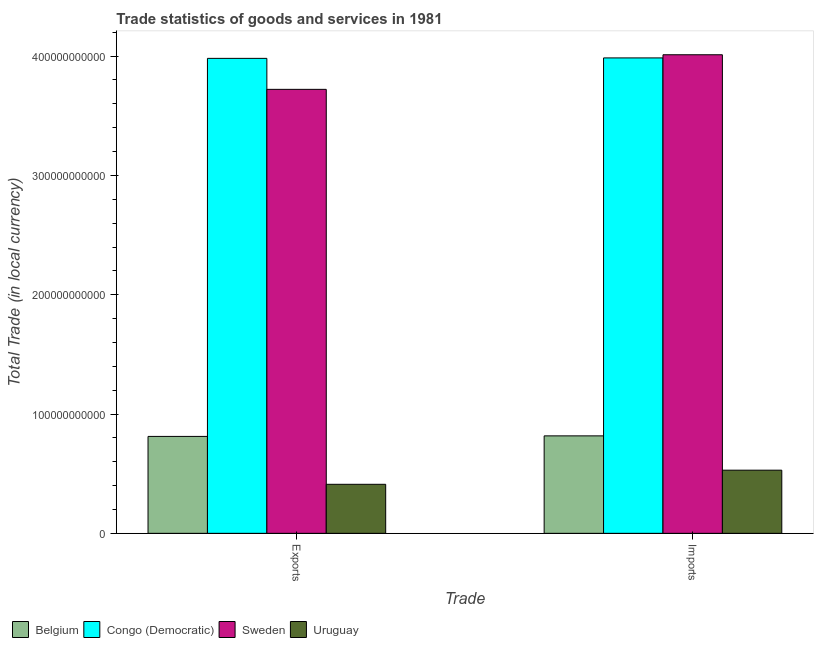
| Trade | Belgium | Congo (Democratic) | Sweden | Uruguay |
 | --- | --- | --- | --- | --- |
 | Exports | 8.12e+10 | 3.98e+11 | 3.72e+11 | 4.11e+10 |
 | Imports | 8.17e+10 | 3.98e+11 | 4.01e+11 | 5.29e+10 |